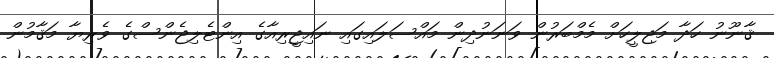
ޤާނޫނު ހަދާ މަޖިލީހަށް މެމްބަރުން ވަނަނުދިން މައްސަލައިގައި ނައިޖީރިއާގެ އިންޓެލިޖެންސްގެ ވެރިޔާ މަޤާމުން